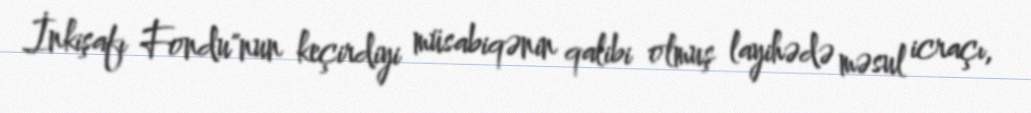
İnkişafı Fondu"nun keçirdiyi müsabiqənin qalibi olmuş layihədə məsul icraçı,